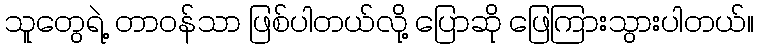
သူတွေရဲ့ တာဝန်သာ ဖြစ်ပါတယ်လို့ ပြောဆို ဖြေကြားသွားပါတယ်။